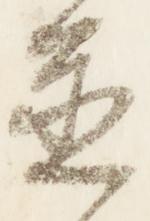
置